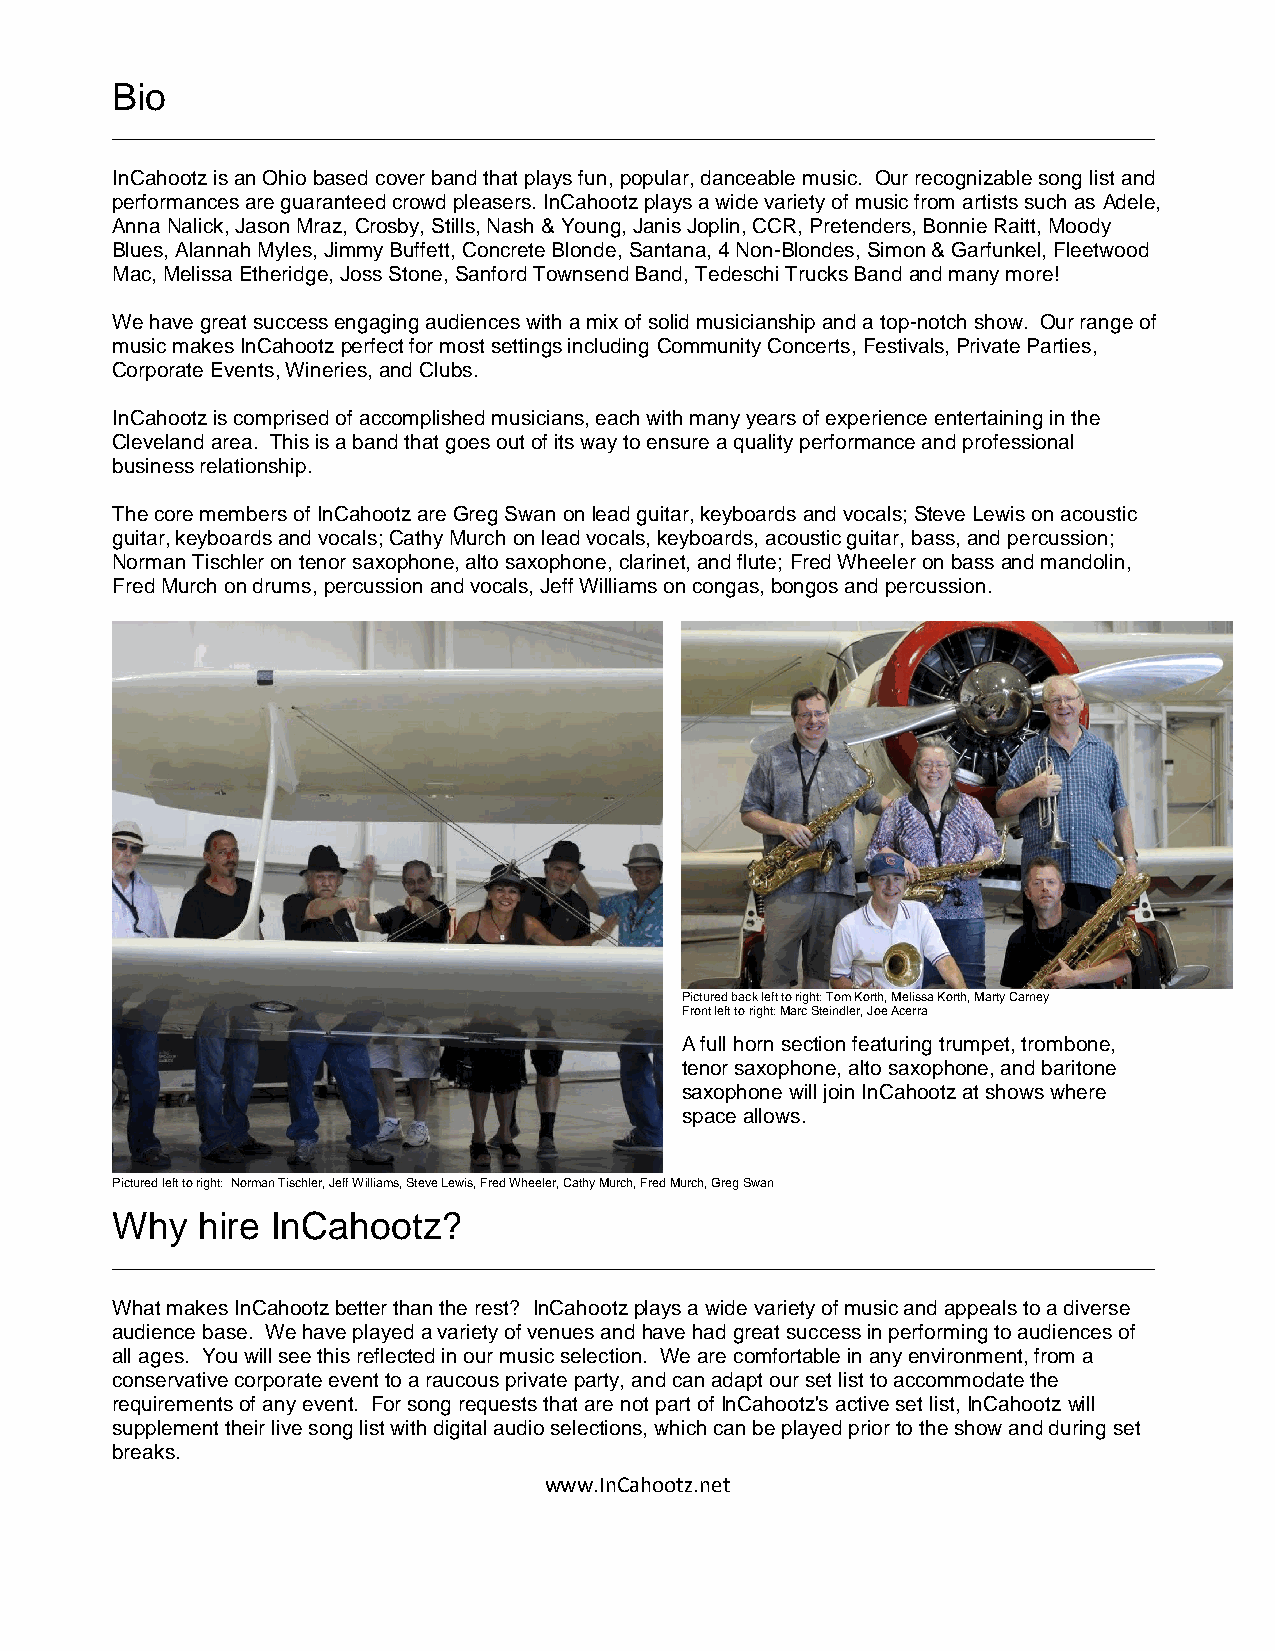
Bio
 __________________________________________________________________________________________
 InCahootz is an Ohio based cover band that plays fun, popular, danceable music. Our recognizable song list and
 performances are guaranteed crowd pleasers. InCahootz plays a wide variety of music from artists such as Adele,
 Anna Nalick, Jason Mraz, Crosby, Stills, Nash & Young, Janis Joplin, CCR, Pretenders, Bonnie Raitt, Moody
 Blues, Alannah Myles, Jimmy Buffett, Concrete Blonde, Santana, 4 Non-Blondes, Simon & Garfunkel, Fleetwood
 Mac, Melissa Etheridge, Joss Stone, Sanford Townsend Band, Tedeschi Trucks Band and many more!
 We have great success engaging audiences with a mix of solid musicianship and a top-notch show. Our range of
 music makes InCahootz perfect for most settings including Community Concerts, Festivals, Private Parties,
 Corporate Events, Wineries, and Clubs.
 InCahootz is comprised of accomplished musicians, each with many years of experience entertaining in the
 Cleveland area. This is a band that goes out of its way to ensure a quality performance and professional
 business relationship.
 The core members of InCahootz are Greg Swan on lead guitar, keyboards and vocals; Steve Lewis on acoustic
 guitar, keyboards and vocals; Cathy Murch on lead vocals, keyboards, acoustic guitar, bass, and percussion;
 Norman Tischler on tenor saxophone, alto saxophone, clarinet, and flute; Fred Wheeler on bass and mandolin,
 Fred Murch on drums, percussion and vocals, Jeff Williams on congas, bongos and percussion.
 Pictured back left to right: Tom Korth, Melissa Korth, Marty Carney
 Front left to right: Marc Steindler, Joe Acerra
 A full horn section featuring trumpet, trombone,
 tenor saxophone, alto saxophone, and baritone
 saxophone will join InCahootz at shows where
 space allows.
 Pictured left to right: Norman Tischler, Jeff Williams, Steve Lewis, Fred Wheeler, Cathy Murch, Fred Murch, Greg Swan
 Why   hire InCahootz?
 __________________________________________________________________________________________
 What makes InCahootz better than the rest? InCahootz plays a wide variety of music and appeals to a diverse
 audience base. We have played a variety of venues and have had great success in performing to audiences of
 all ages. You will see this reflected in our music selection. We are comfortable in any environment, from a
 conservative corporate event to a raucous private party, and can adapt our set list to accommodate the
 requirements of any event. For song requests that are not part of InCahootz's active set list, InCahootz will
 supplement their live song list with digital audio selections, which can be played prior to the show and during set
 breaks.
 www.InCahootz.net